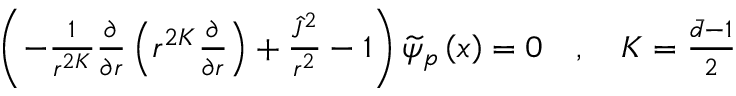
\begin{array} { r } { \left( - \frac { 1 } { r ^ { 2 K } } \frac { \partial } { \partial r } \left( r ^ { 2 K } \frac { \partial } { \partial r } \right) + \frac { \widehat { J } ^ { 2 } } { r ^ { 2 } } - 1 \right) \widetilde { \psi } _ { p } \left( \boldsymbol { x } \right) = 0 \quad , \quad K = \frac { \bar { d } - 1 } { 2 } } \end{array}